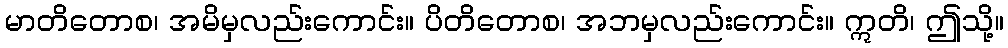
မာတိတောစ၊ အမိမှလည်းကောင်း။ ပိတိတောစ၊ အဘမှလည်းကောင်း။ ဣတိ၊ ဤသို့။